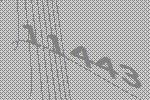
11443